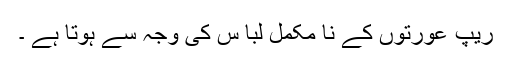
ریپ عورتوں کے نا مکمل لبا س کی وجہ سے ہوتا ہے ۔